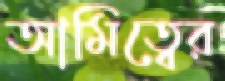
আমিত্বের